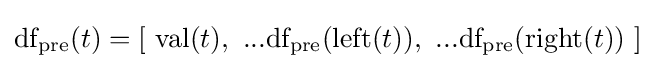
{\text{df}}_{\text{pre}}(t)=[\ {\text{val}}(t),\ ...{\text{df}}_{\text{pre}}({\text{left}}(t)),\ ...{\text{df}}_{\text{pre}}({\text{right}}(t))\ ]